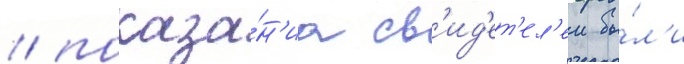
/ показа́н'иа св'ид'ет'ел'еи бы́л'и